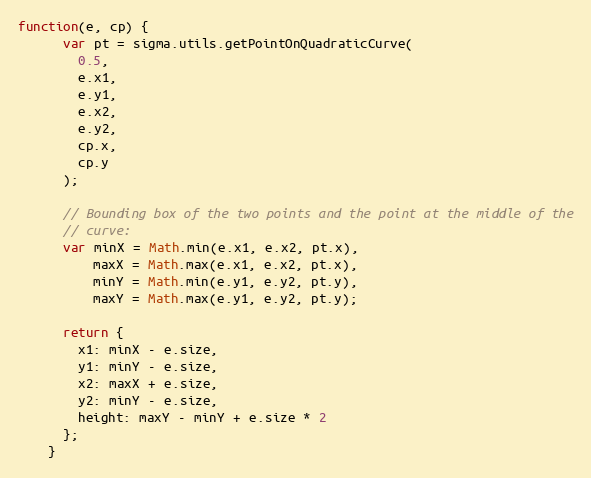
Language: JavaScript
function(e, cp) {
      var pt = sigma.utils.getPointOnQuadraticCurve(
        0.5,
        e.x1,
        e.y1,
        e.x2,
        e.y2,
        cp.x,
        cp.y
      );

      // Bounding box of the two points and the point at the middle of the
      // curve:
      var minX = Math.min(e.x1, e.x2, pt.x),
          maxX = Math.max(e.x1, e.x2, pt.x),
          minY = Math.min(e.y1, e.y2, pt.y),
          maxY = Math.max(e.y1, e.y2, pt.y);

      return {
        x1: minX - e.size,
        y1: minY - e.size,
        x2: maxX + e.size,
        y2: minY - e.size,
        height: maxY - minY + e.size * 2
      };
    }